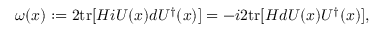
\omega ( x ) : = 2 \mathrm { t r } [ { \cal H } i U ( x ) d U ^ { \dagger } ( x ) ] = - i 2 \mathrm { t r } [ { \cal H } d U ( x ) U ^ { \dagger } ( x ) ] ,